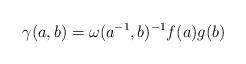
LaTeX: \begin{align*}\gamma(a,b)=\omega(a^{-1},b)^{-1}f(a)g(b)\end{align*}